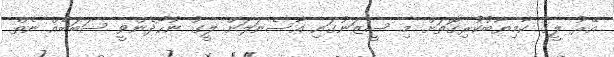
އޭރު ލީގު ކާމިޔާބުކުރިގޮތަށް މި ސީޒަނުގައި އާސެނަލަށް ލީގު ނުހޯދެންވީ ސަބަބެއް ނެތް